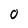
Character: 0